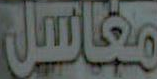
مغاسل